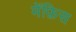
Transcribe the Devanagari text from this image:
मेंफ़िस